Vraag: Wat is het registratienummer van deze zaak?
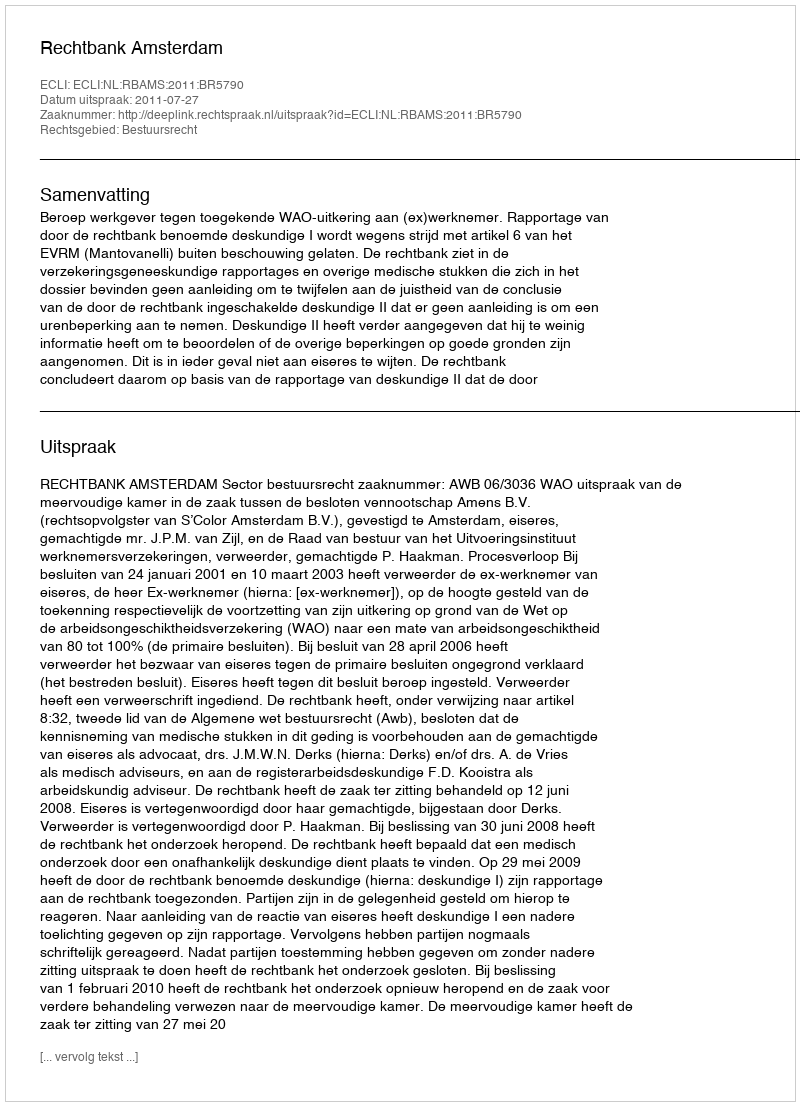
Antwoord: http://deeplink.rechtspraak.nl/uitspraak?id=ECLI:NL:RBAMS:2011:BR5790